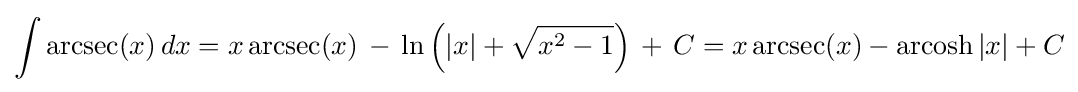
\int \operatorname {arcsec}(x)\,dx=x\operatorname {arcsec}(x)\,-\,\ln \left(\left|x\right|+{\sqrt {x^{2}-1}}\right)\,+\,C=x\operatorname {arcsec}(x)-\operatorname {arcosh} |x|+C